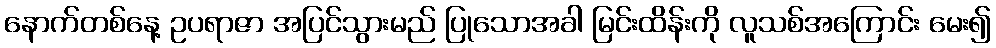
နောက်တစ်နေ့ ဥပရာဇာ အပြင်သွားမည် ပြုသောအခါ မြင်းထိန်းကို လူသစ်အကြောင်း မေး၍